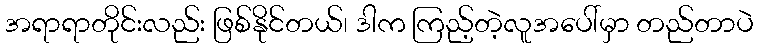
အရာရာတိုင်းလည်း ဖြစ်နိုင်တယ်၊ ဒါက ကြည့်တဲ့လူအပေါ်မှာ တည်တာပဲ